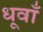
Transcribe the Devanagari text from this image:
धूवाँ